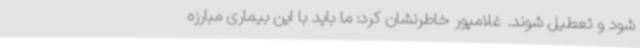
شود و تعطیل شوند. غلامپور خاطرنشان کرد: ما باید با این بیماری مبارزه